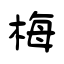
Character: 梅